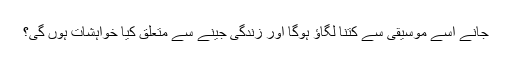
جانے اسے موسیقی سے کتنا لگاؤ ہوگا اور زندگی جینے سے متعلق کیا خواہشات ہوں گی؟